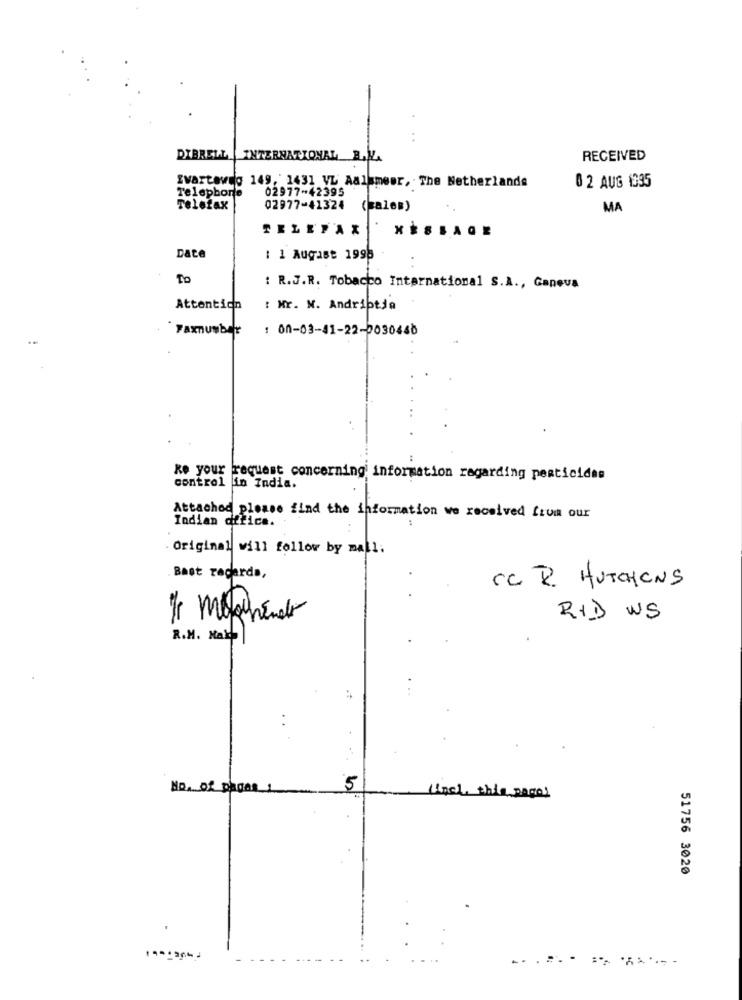
DIBRELL INTERNATIONAL B.V.
RECEIVED
Svartaweg 149, 1431 VL Aalsmeer, The Netherlands
Telephone
02977-42395
02 AUG 1335
Telefax
02977-41324 (sales)
MA
TELEFAX
Date
: 1 August 1995
To
: R.J.R. Tobacco International S.A ., Ganeva
Attention
: Mr. W. Andriptda
Faxnumber
: 00-03-41-22-0030460
ke your request concerning information regarding pesticides
control in India.
Attached please find the information we received from our
Indian office.
Original will follow by mail.
Bast racerda,
CC 2. HUTCHENS
RID WS
R.M. Makh
No, of pagas 1
5
(incl. this page]
51756 3020
...=== == =====